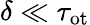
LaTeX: \delta\ll\tau_{\mathrm{{ot}}}